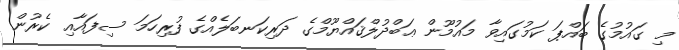
މި ގައުމުގެ ބައްޕަ ކަމުގައިވާ މައުމޫން ޢަބްދުލްޤައްޔޫމްގެ ދަރިކަނބަލެއްގެ ފުރިހަމަ ސިފައާއި ކެރުން